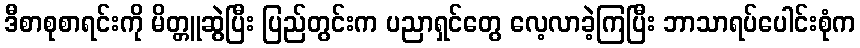
ဒီစာစုစာရင်းကို မိတ္တူဆွဲပြီး ပြည်တွင်းက ပညာရှင်တွေ လေ့လာခဲ့ကြပြီး ဘာသာရပ်ပေါင်းစုံက